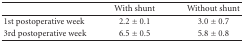
|  | With shunt | Without shunt |
 | --- | --- | --- |
 | 1st postoperative week | 2.2 ± 0.1 | 3.0 ± 0.7 |
 | 3rd postoperative week | 6.5 ± 0.5 | 5.8 ± 0.8 |